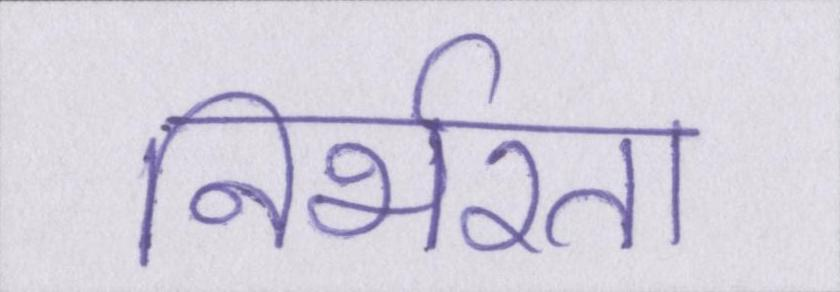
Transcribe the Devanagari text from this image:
निर्भरता